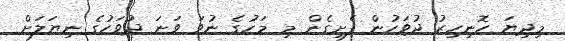
މިދިޔަ ހޮނިހިރު ދުވަހުން ފެށިގެން މި މަހުގެ ނުވަ ވަނަ ދުވަހުގެ ނިޔަލަށް